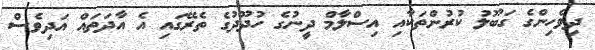
ދިވެހިންގެ ގަބޫލު ކުރުންތަކާއި އިސްލާމް ދީނުގެ ހުދޫދުގެ ތެރޭގައި އެ އާދަތައް އަދިވެސް